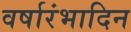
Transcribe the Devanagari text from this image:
वर्षारंभादिन